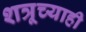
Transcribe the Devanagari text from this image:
शत्रूच्याही